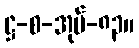
ဋ္ဌ-စ-အုပ်-၈၃။